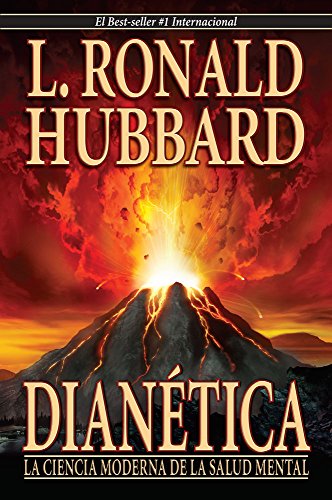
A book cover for Dianetics: The Modern Science Of Mental Health (Spanish Edition); L. Ron Hubbard; Religion & Spirituality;